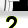
Digit: 2